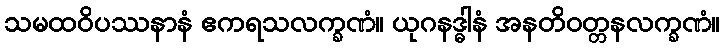
သမထဝိပဿနာနံ ဧကရသလက္ခဏံ။ ယုဂနဒ္ဓါနံ အနတိဝတ္တနလက္ခဏံ။